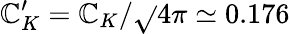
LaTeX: \mathbb{C}_{K}^{\prime}=\mathbb{C}_{K}/\sqrt{}{{4\pi}}\simeq0.176